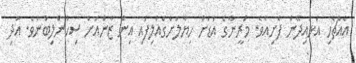
އެއްޗެހި އަޅައިދޭން ފެށިއެވެ. މަރީނާގެ އަޑަށް ހިޔާލަށްގެއްލިފައި އިން ޒާންއަށް ސިހުންލިބުނެވެ. އަދި